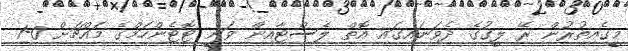
މީގެއިތުރުން ރޭ ލީގުގެ ދެވަނައިގައި އޮތް ލެސްޓާއިން ވަނީ ޓޮޓެންހަމްގެ މައްޗަށް 0-1